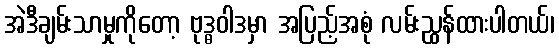
အဲဒီချမ်းသာမှုကိုတော့ ဗုဒ္ဓဝါဒမှာ အပြည့်အစုံ လမ်းညွှန်ထားပါတယ်၊